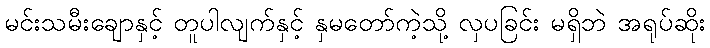
မင်းသမီးချောနှင့် တူပါလျက်နှင့် နှမတော်ကဲ့သို့ လှပခြင်း မရှိဘဲ အရုပ်ဆိုး